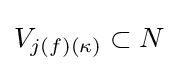
V_{j(f)(\kappa )}\subset N